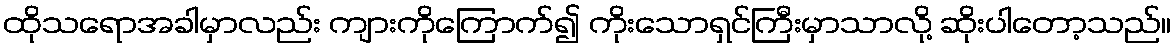
ထိုသရောအခါမှာလည်း ကျားကိုကြောက်၍ ကိုးသောရှင်ကြီးမှာသာလို့ ဆိုးပါတော့သည်။